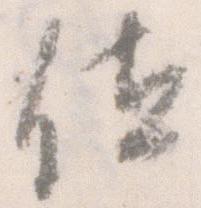
位